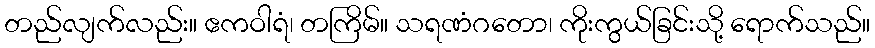
တည်လျက်လည်း။ ဧကဝါရံ၊ တကြိမ်။ သရဏံဂတော၊ ကိုးကွယ်ခြင်းသို့ ရောက်သည်။